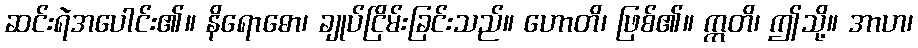
ဆင်းရဲအပေါင်း၏။ နိရောဓော၊ ချုပ်ငြိမ်းခြင်းသည်။ ဟောတိ၊ ဖြစ်၏။ ဣတိ၊ ဤသို့။ အာဟ၊